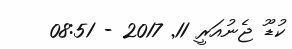
ކުޑޫ ޖެނުއަރީ 11